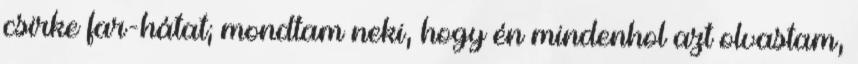
csirke far-hátat; mondtam neki, hogy én mindenhol azt olvastam,